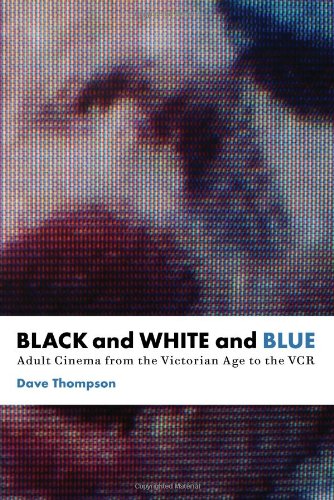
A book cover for Black and White and Blue: Adult Cinema from the Victorian Age to the VCR; Dave Thompson; Politics & Social Sciences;